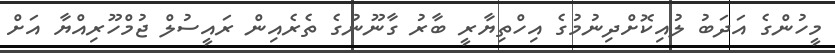
މީހުންގެ އަދަބު ލުއިކޮށްދިނުމުގެ އިހްތިޔާރީ ބާރު ގާނޫނުގެ ތެރެއިން ރައީސުލް ޖުމްހޫރިއްޔާ އަށް